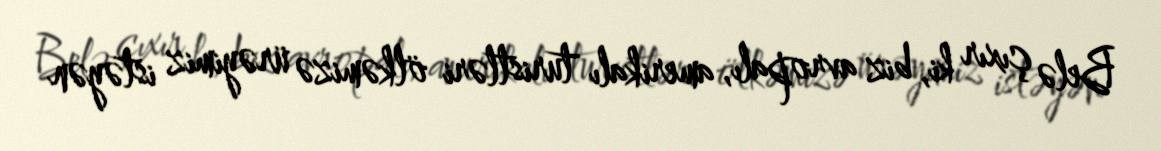
Belə çıxır ki, biz avropalı, amerikalı turistləri ölkəmizə ürəyimiz istəyən